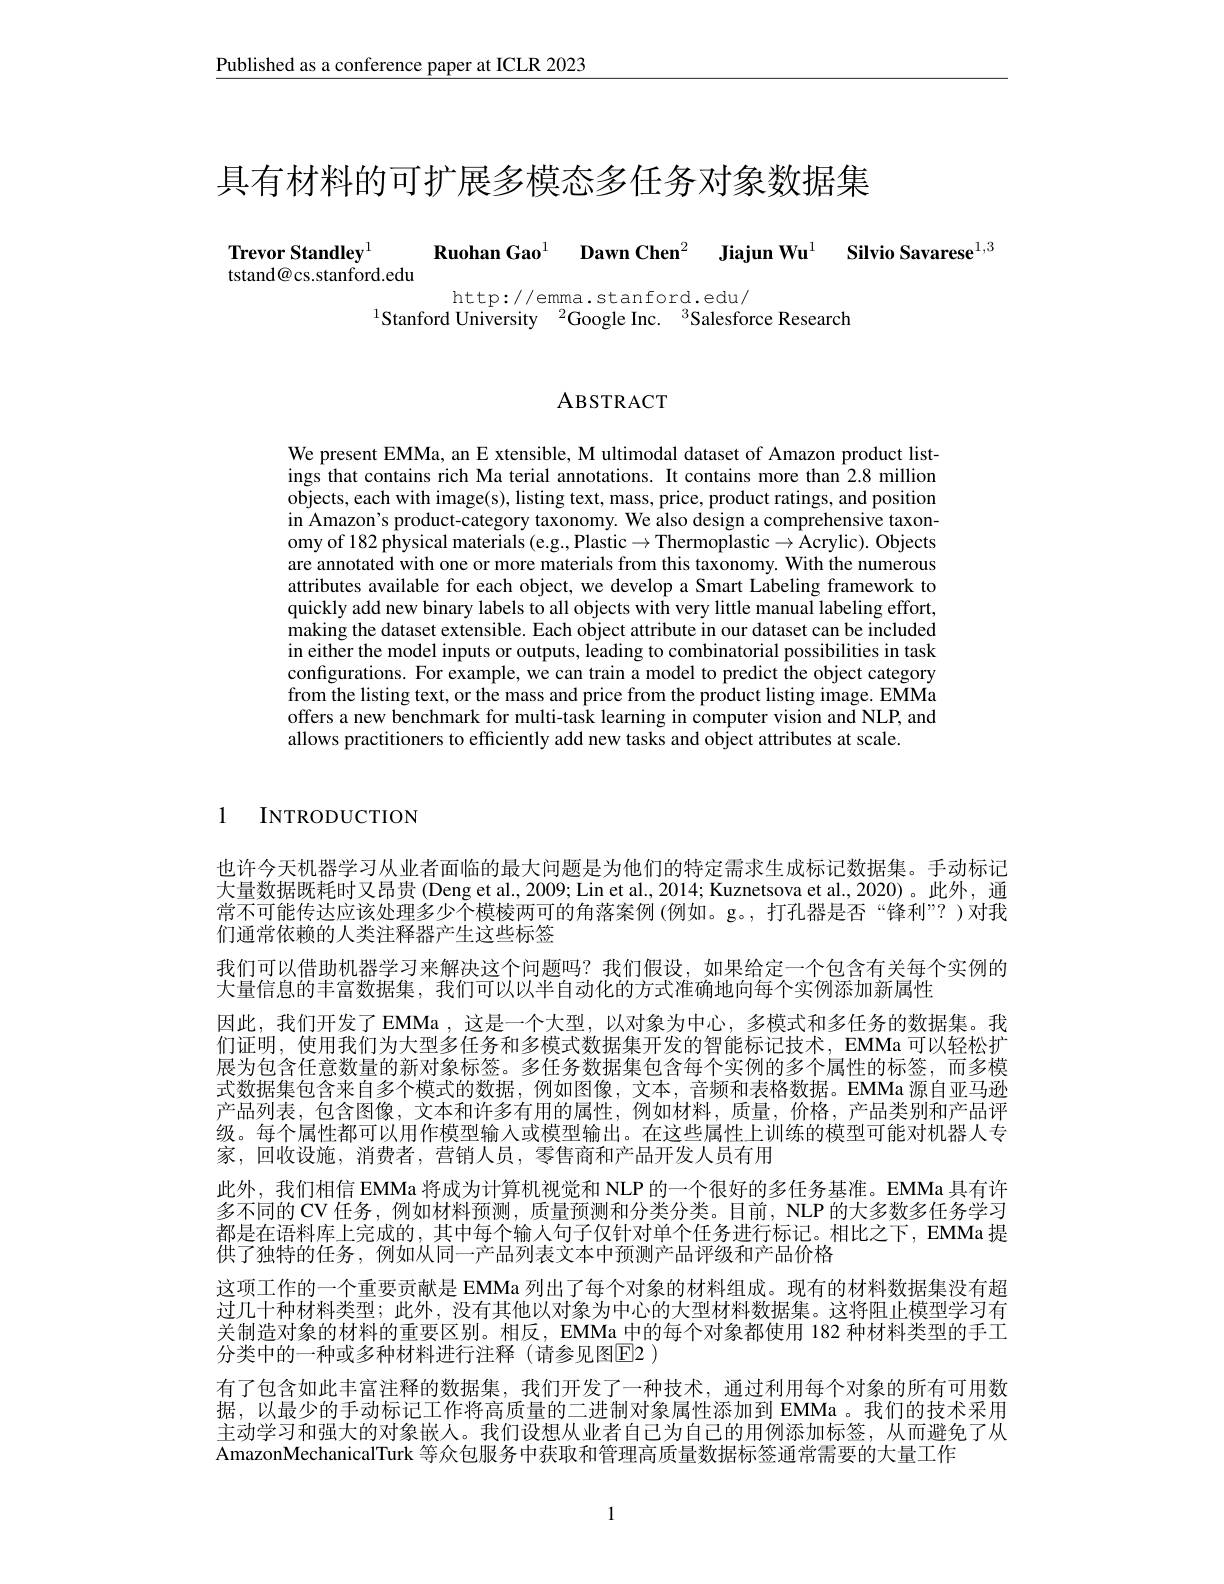
Published as a conference paper at ICLR 2023

具有材料的可扩展多模态多任务对象数据集

Trevor Standley$^{1}$

Ruohan Gao$^{1}$ $\textbf{Dawn Chen}^{2}$ $\textbf{Jiajun Wu}^{1}$ $\textbf{Silvio Savarese}^{1, 3}$

tstand@cs.stanford.edu

http://emma.stanford.edu/
$^{1}\tilde{\text{Stanford University}}^{2}$Google Inc.$^3$Salesforce Research

ABSTRACT

We present EMMa, an E xtensible, M ultimodal dataset of Amazon product listings that contains rich Ma terial annotations. It contains more than 2.8 million objects, each with image(s), listing text, mass, price, product ratings, and position in Amazon's product-category taxonomy. We also design a comprehensive taxonomy of 182 physical materials (e.g., Plastic$\to$Thermoplastic$\to$Acrylic). Objects are annotated with one or more materials from this taxonomy. With the numerous attributes available for each object, we develop a Smart Labeling framework to quickly add new binary labels to all objects with very little manual labeling effort, making the dataset extensible. Each object attribute in our dataset can be included in either the model inputs or outputs, leading to combinatorial possibilities in task configurations. For example, we can train a model to predict the object category from the listing text, or the mass and price from the product listing image. EMMa offers a new benchmark for multi-task learning in computer vision and NLP, and allows practitioners to efficiently add new tasks and object attributes at scale.

1 INTRODUCTION

也许今天机器学习从业者面临的最大问题是为他们的特定需求生成标记数据集。手动标记大量数据既耗时又昂贵 (Deng et al., 2009; Lin et al., 2014; Kuznetsova et al., 2020)。此外，通常不可能传达应该处理多少个模棱两可的角落案例(例如。g。,打孔器是否“锋利”?)对我们通常依赖的人类注释器产生这些标签
我们可以借助机器学习来解决这个问题吗？我们假设，如果给定一个包含有关每个实例的
大量信息的丰富数据集，我们可以以半自动化的方式准确地向每个实例添加新属性
因此，我们开发了EMMa ,这是一个大型，以对象为中心，多模式和多任务的数据集。我们证明，使用我们为大型多任务和多模式数据集开发的智能标记技术，EMMa可以轻松扩展为包含任意数量的新对象标签。多任务数据集包含每个实例的多个属性的标签，而多模式数据集包含来自多个模式的数据，例如图像，文本，音频和表格数据。EMMa 源自亚马逊产品列表，包含图像，文本和许多有用的属性，例如材料，质量，价格，产品类别和产品评级。每个属性都可以用作模型输入或模型输出。在这些属性上训练的模型可能对机器人专家，回收设施，消费者，营销人员，零售商和产品开发人员有用
此外，我们相信 EMMa 将成为计算机视觉和 NLP 的一个很好的多任务基准。EMMa 具有许多不同的 CV 任务，例如材料预测，质量预测和分类分类。目前，NLP 的大多数多任务学习都是在语料库上完成的，其中每个输人句子仅针对单个任务进行标记。相比之下，EMMa 提供了独特的任务，例如从同一产品列表文本中预测产品评级和产品价格
这项工作的一个重要贡献是 EMMa 列出了每个对象的材料组成。现有的材料数据集没有超过几十种材料类型；此外，没有其他以对象为中心的大型材料数据集。这将阻止模型学习有关制造对象的材料的重要区别。相反，EMMa 中的每个对象都使用 182 种材料类型的手工分类中的一种或多种材料进行注释(请参见图E2 )
有了包含如此丰富注释的数据集，我们开发了一种技术，通过利用每个对象的所有可用数据，以最少的手动标记工作将高质量的二进制对象属性添加到 EMMa 。我们的技术采用主动学习和强大的对象嵌人。我们设想从业者自己为自己的用例添加标签，从而避免了从AmazonMechanicalTurk 等众包服务中获取和管理高质量数据标签通常需要的大量工作

1